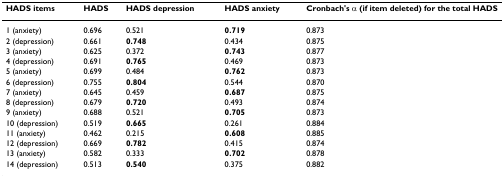
| HADS items | HADS | HADS depression | HADS anxiety | Cronbach's α (if item deleted) for the total HADS |
 | --- | --- | --- | --- | --- |
 | 1 (anxiety) | 0.696 | 0.521 | 0.719 | 0.873 |
 | 2 (depression) | 0.661 | 0.748 | 0.434 | 0.875 |
 | 3 (anxiety) | 0.625 | 0.372 | 0.743 | 0.877 |
 | 4 (depression) | 0.691 | 0.765 | 0.469 | 0.873 |
 | 5 (anxiety) | 0.699 | 0.484 | 0.762 | 0.873 |
 | 6 (depression) | 0.755 | 0.804 | 0.544 | 0.870 |
 | 7 (anxiety) | 0.645 | 0.459 | 0.687 | 0.875 |
 | 8 (depression) | 0.679 | 0.720 | 0.493 | 0.874 |
 | 9 (anxiety) | 0.688 | 0.521 | 0.705 | 0.873 |
 | 10 (depression) | 0.519 | 0.665 | 0.261 | 0.884 |
 | 11 (anxiety) | 0.462 | 0.215 | 0.608 | 0.885 |
 | 12 (depression) | 0.669 | 0.782 | 0.415 | 0.874 |
 | 13 (anxiety) | 0.582 | 0.333 | 0.702 | 0.878 |
 | 14 (depression) | 0.513 | 0.540 | 0.375 | 0.882 |